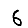
Digit: 6